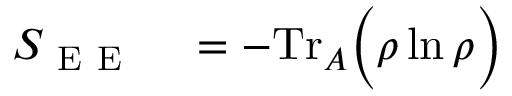
\begin{array} { r l } { S _ { \mathrm { ~ E ~ E ~ } } } & { { } = - \mathrm { T r } _ { A } \Big ( \rho \ln \rho \Big ) } \end{array}